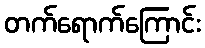
တက်ရောက်ကြောင်း